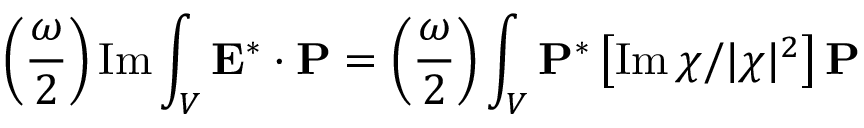
\left( \frac { \omega } { 2 } \right) \operatorname { I m } \int _ { V } \mathbf { E } ^ { * } \cdot \mathbf { P } = \left( \frac { \omega } { 2 } \right) \int _ { V } \mathbf { P } ^ { * } \left[ \operatorname { I m } \chi / | \chi | ^ { 2 } \right] \mathbf { P }